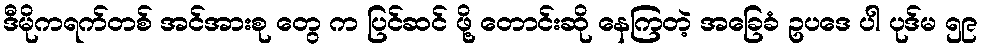
ဒီမိုကရက်တစ် အင်အားစု တွေ က ပြင်ဆင် ဖို့ တောင်းဆို နေကြတဲ့ အခြေခံ ဥပဒေ ပါ ပုဒ်မ ၅၉